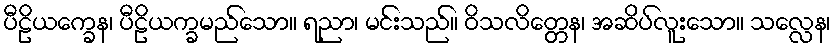
ပီဠိယက္ခေန၊ ပီဠိယက္ခမည်သော။ ရညာ၊ မင်းသည်။ ဝိသလိတ္တေန၊ အဆိပ်လူးသော။ သလ္လေန၊